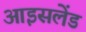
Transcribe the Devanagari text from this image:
आइसलेंड